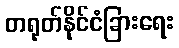
တရုတ်နိုင်ငံခြားရေး